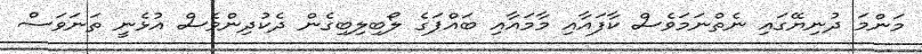
މަންމަ ދުނިޔޭގައި ނެތްނަމަވެސް ކާފައާއި މާމައާއި ބައްޕަގެ ލޯބިލިބިގެން ދެކުދިންވެސް އުޅެނީ ތަނަވަސް